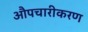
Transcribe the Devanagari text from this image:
औपचारीकरण